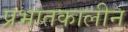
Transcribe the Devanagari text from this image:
प्रभातकालीन